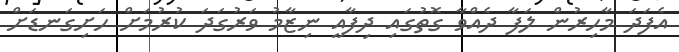
އެފަދަ މާހިރުން ލަފާ ދެއްވާ ގޮތުގައި ދިފާއީ ނިޒާމު ވަރުގަދަ ކުރުމަށް ހަށިގަނޑަށް